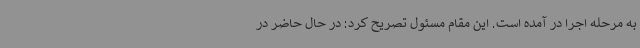
به مرحله اجرا در آمده است. این مقام مسئول تصریح کرد: در حال حاضر در